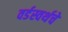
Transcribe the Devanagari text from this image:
वर्डस्वर्थचे